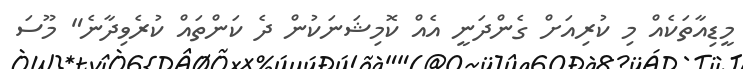
މީޑިއާތަކެއް މި ކުރިއަށް ގެންދަނީ އެއް ކޮމިޝަނަކުން ދެ ކަންތައް ކުރެވިދާނެ" މޫސަ